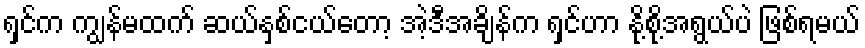
ရှင်က ကျွန်မထက် ဆယ်နှစ်ငယ်တော့ အဲ့ဒီအချိန်က ရှင်ဟာ နို့စို့အရွယ်ပဲ ဖြစ်ရမယ်